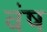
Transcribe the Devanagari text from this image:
वंष